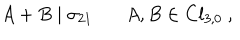
A + B \mid \sigma _ { 2 1 } ~ A , B \in C l _ { 3 , 0 } ~ ,